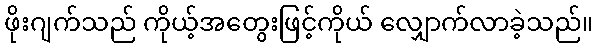
ဖိုးဂျက်သည် ကိုယ့်အတွေးဖြင့်ကိုယ် လျှောက်လာခဲ့သည်။